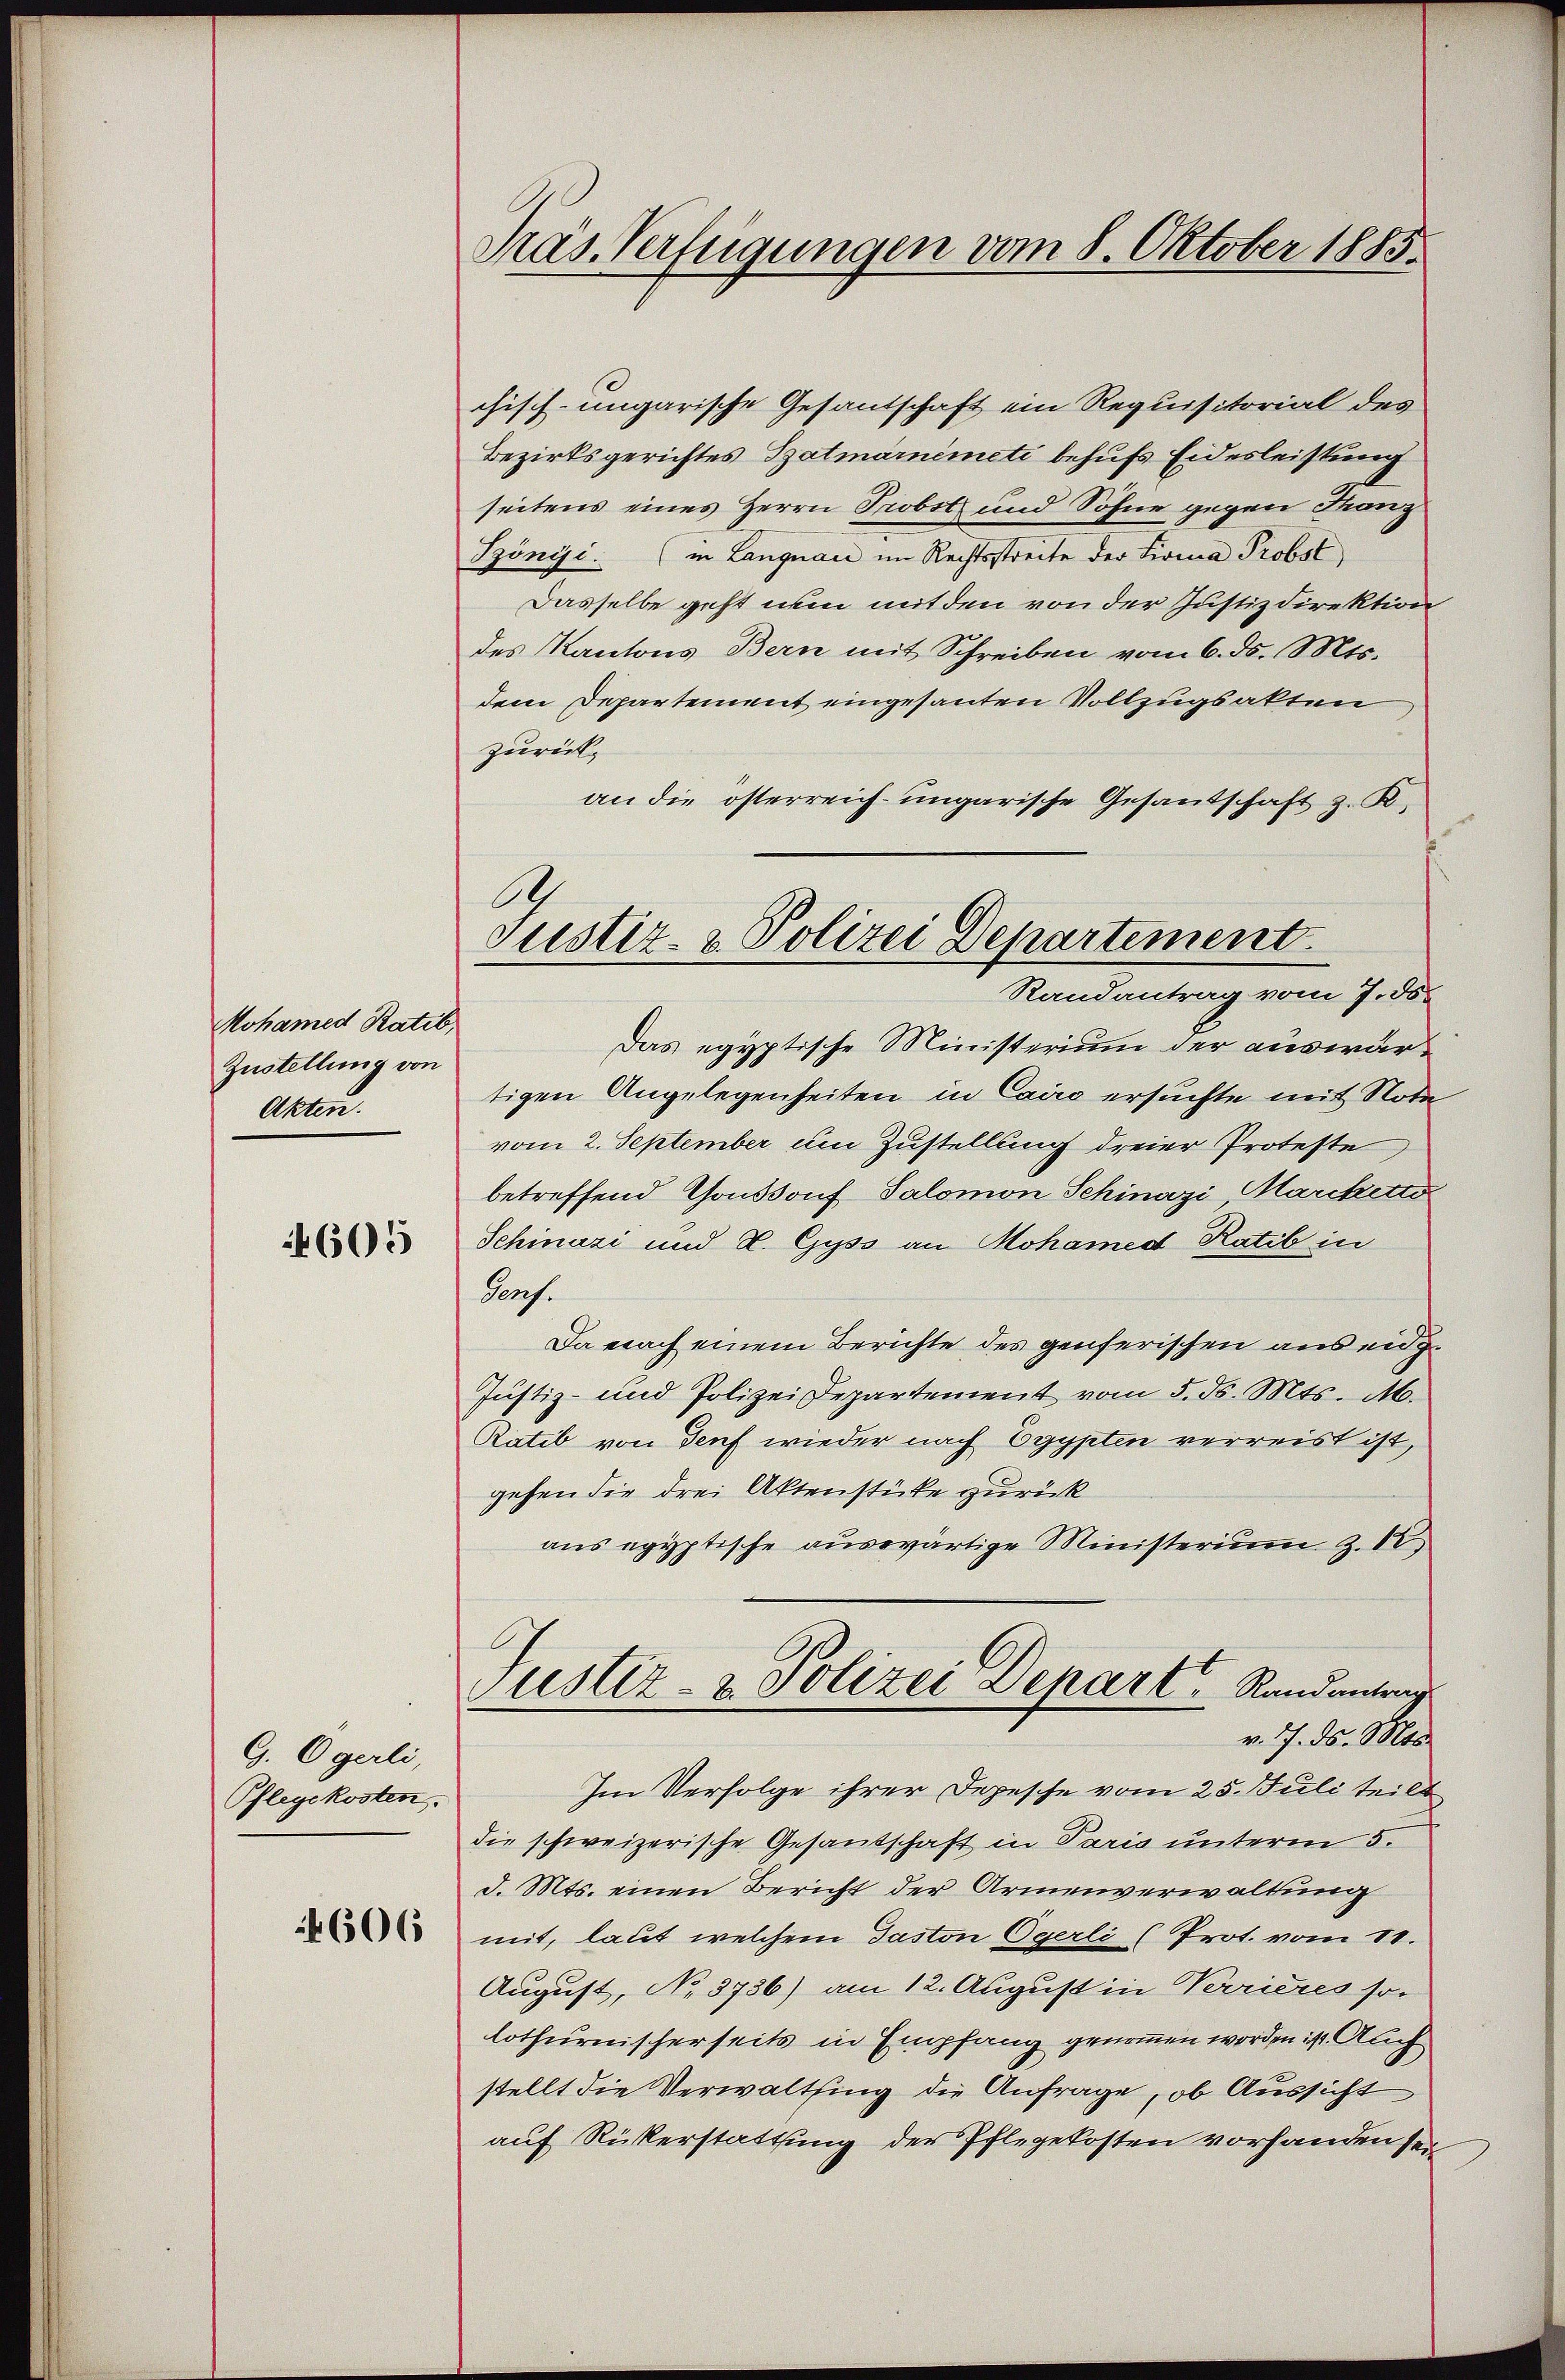
Mohamed Ratib
Zustellung von
Akten.

4605

G. Ogerli,
Pflegekosten.

4606

Präs. Verfügungen vom 8. Oktober 1885.

chisch-ungarische Gesandschaft ein Requisitorial des
Bezirksgerichtes Patmärnimeti behufs Eidesleistung
seitens eines Herrn Probst und Söhne gegen Franz
Szöngi. (in Langnau im Rechtsstreite der Livina Probst
Dasselbe geht nun mit den von der Justizdirektion
des Kantons Bern mit Schreiben vom 6. ds. Mts.
dem Departement eingesanten Vollzugsakten
zurück,
an die österreich-ungarische Gesandschaft z. K.
Das egyptische Ministerium der auswärtigen Angelegenheiten in Cairo ersuchte mit Note
vom 2. September um Zustellung dreier Proteste
betreffend Consdorf Salomon Schinazi, Marcketto
Schinazi und V. Gyss an Hohamed Ratib in
Genf.
Da nach einem Berichte des genferischen aus eidg¬
Justiz- und Polizei Departement vom 5. d. Mts. M.
Ratib von Genf wieder nach Egypten verreist ist,
gehen die drei Aktenstüke zurück
ans egyptische auswärtige Ministerium Z. 12
Justiz- & Polizei Depart, Randantrag
v. 7. ds. Mts.
Im Verfolge ihrer Depesche vom 25. Juli teilt
die schweizerische Gesandschaft in Paris unterm 5.
d. Mts. einen Bericht der Armenverwaltung
mit, laut welchem Paston Egerli (Prot. vom 11.
August, No 3736) am 12. August in Verrieres so
lothurnischerseits in Empfang genommen worden ist. Auch
stellt die Verwaltsung die Anfrage, ob Aussicht
auf Rükerstattung der Pflegekosten vorhanden sei

.
Justiz- & Polizei Departement.
Randantrag vom 7. ds.